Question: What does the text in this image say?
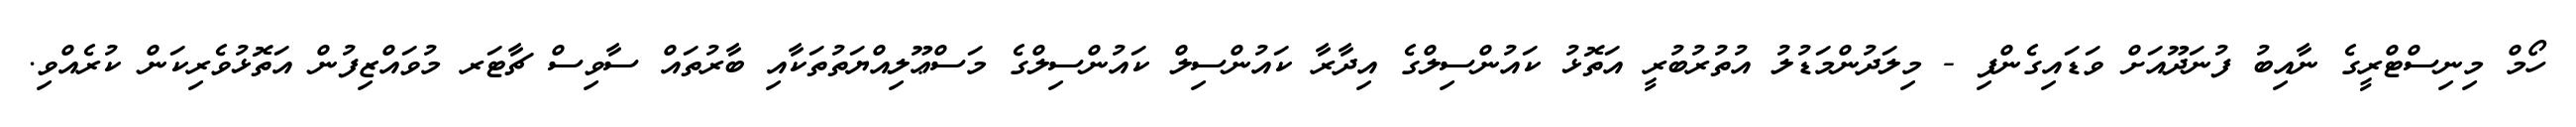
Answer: ހޯމް މިނިސްޓްރީގެ ނާއިބު ފުނަދޫއަށް ވަޑައިގެންފި - މިލަދުންމަޑުލު އުތުރުބުރީ އަތޮޅު ކައުންސިލްގެ އިދާރާ ކައުންސިލް ކައުންސިލްގެ މަސްޢޫލިއްޔަތުތަކާއި ބާރުތައް ސާވިސް ޗާޓަރ މުވައްޒިފުން އަތޮޅުވެރިކަން ކުރެއްވި.